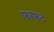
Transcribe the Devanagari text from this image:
फाफट